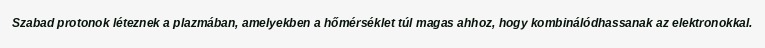
Szabad protonok léteznek a plazmában, amelyekben a hőmérséklet túl magas ahhoz, hogy kombinálódhassanak az elektronokkal.